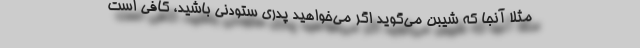
مثلاً آنجا که شیبن می‌گوید اگر می‌خواهید پدری ستودنی باشید، کافی است